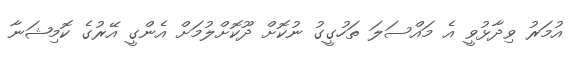
އުމަރު ވިދާޅުވީ އެ މައްސަލަ ތަހުގީގު ނުކޮށް ދޫކޮށްލުމަށް އެންގީ އޭރުގެ ކޮމިޝަނާ